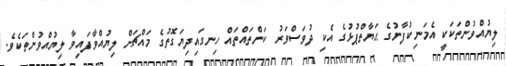
ލިޔުއްވުންތަކަކީ އެމަނިކުފާނުގެ ޙަޔާތްޕުޅުގެ އެކި ދުވަސްވަރު ކަންތައްތައް ހިނގައިދިޔަގޮތުގެ މައްޗަށް ލިޔުއްވާފައިވާ ލިޔުއްވުންތަކެވެ.